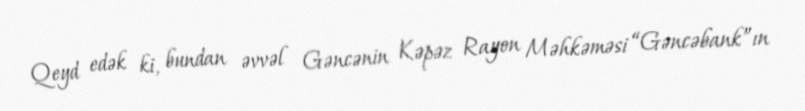
Qeyd edək ki, bundan əvvəl Gəncənin Kəpəz Rayon Məhkəməsi “Gəncəbank”ın